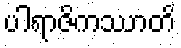
ပါရာဇိကဿာတိ